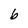
Character: b